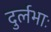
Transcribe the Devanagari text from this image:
दुर्लभाः